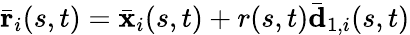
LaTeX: \bar{\mathbf{r}}_{i}(s,t)=\bar{\mathbf{x}}_{i}(s,t)+r(s,t)\bar{\mathbf{d}}_{1,i}(s,t)